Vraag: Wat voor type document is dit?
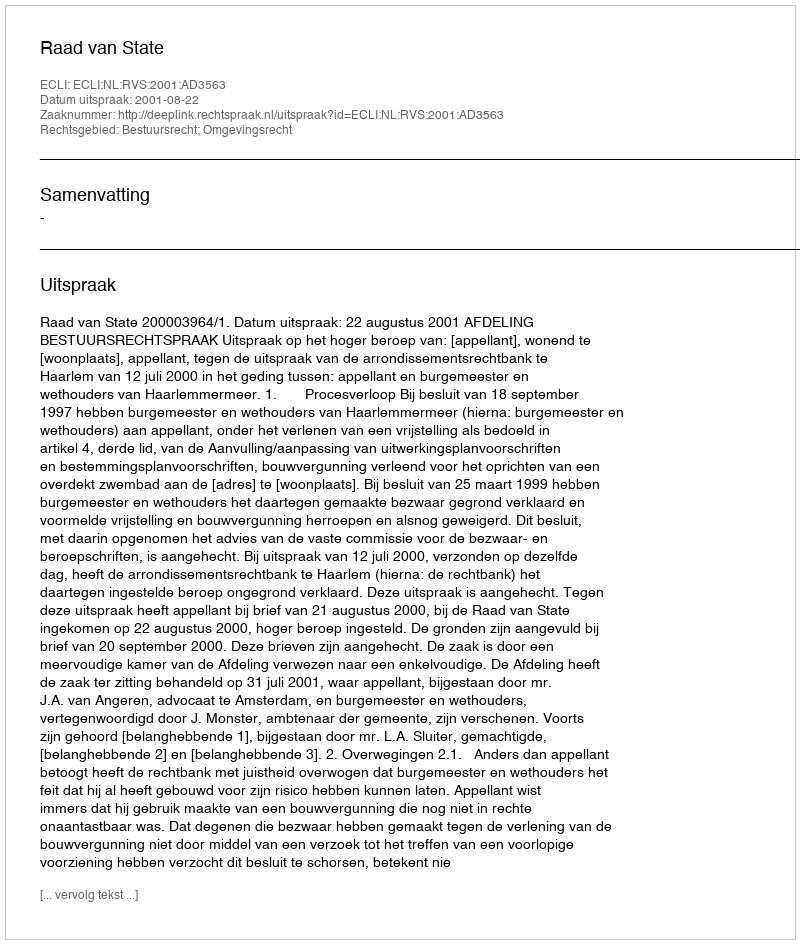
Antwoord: Uitspraak